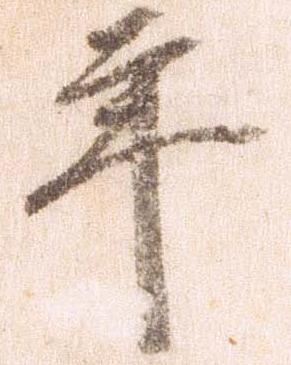
年